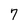
Character: 7